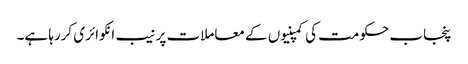
پنجاب حکومت کی کمپنیوں کے معاملات پر نیب انکوائری کررہا ہے۔